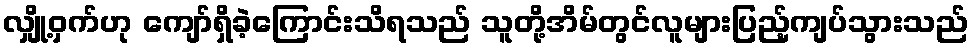
လျှို့ဝှက်ဟု ကျော်ရှိခဲ့ကြောင်းသိရသည် သူတို့အိမ်တွင်လူများပြည့်ကျပ်သွားသည်